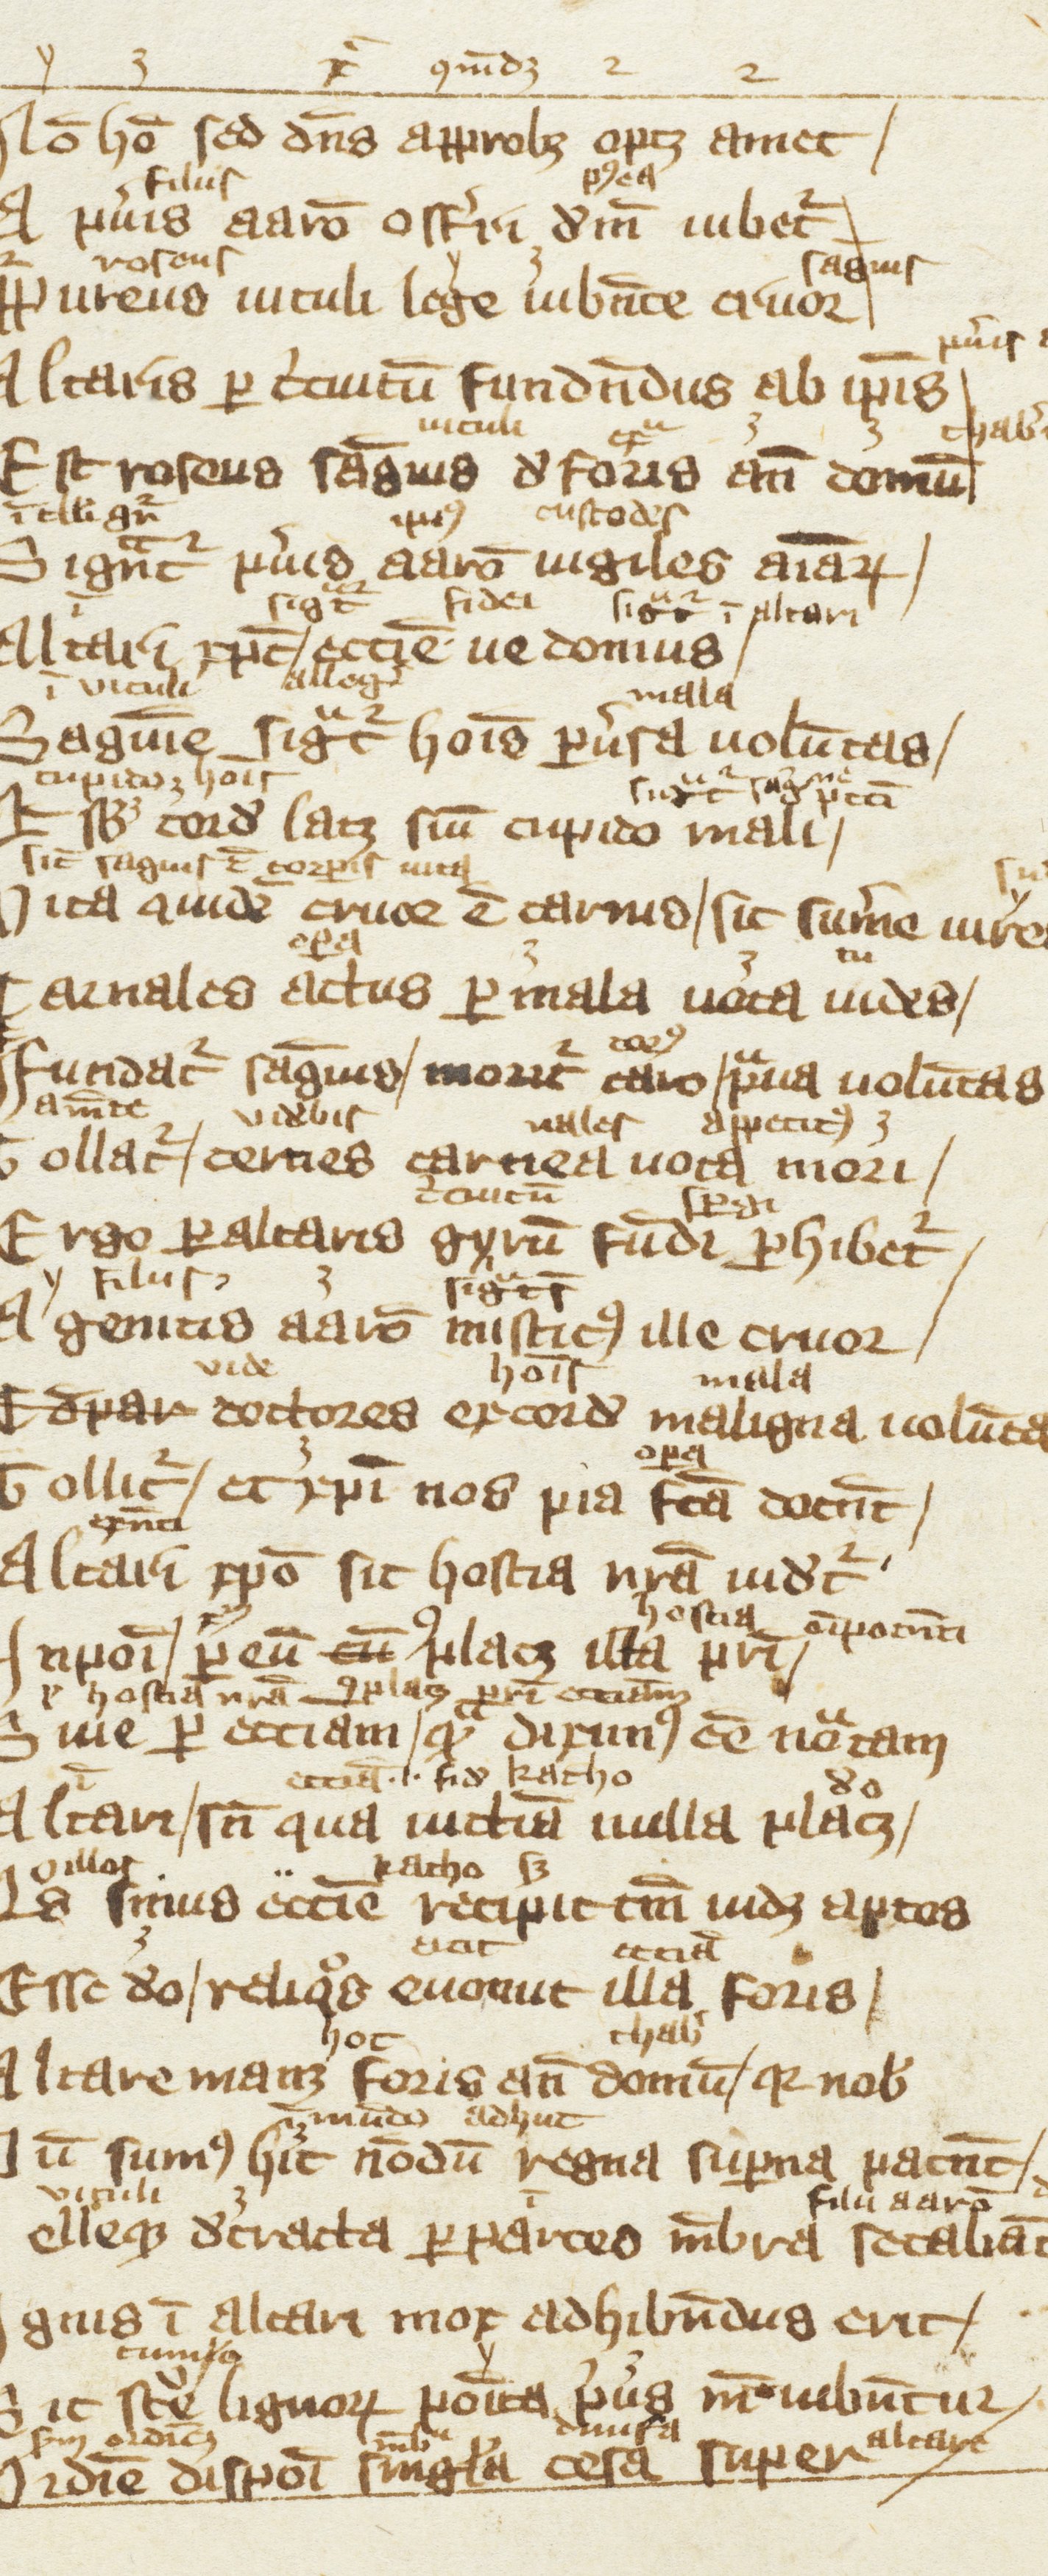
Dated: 1300–1399